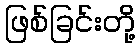
ဖြစ်ခြင်းတို့